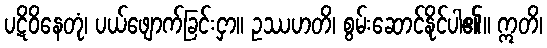
ပဋိဝိနေတုံ၊ ပယ်ဖျောက်ခြင်းငှာ။ ဥဿဟတိ၊ စွမ်းဆောင်နိုင်ပါ၏။ ဣတိ၊